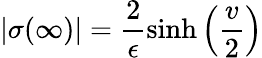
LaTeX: |\sigma(\infty)|=\frac{2}{\epsilon}\sinh\left(\frac{v}{2}\right)